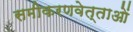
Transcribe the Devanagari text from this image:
समीकरणवेत्ताओं